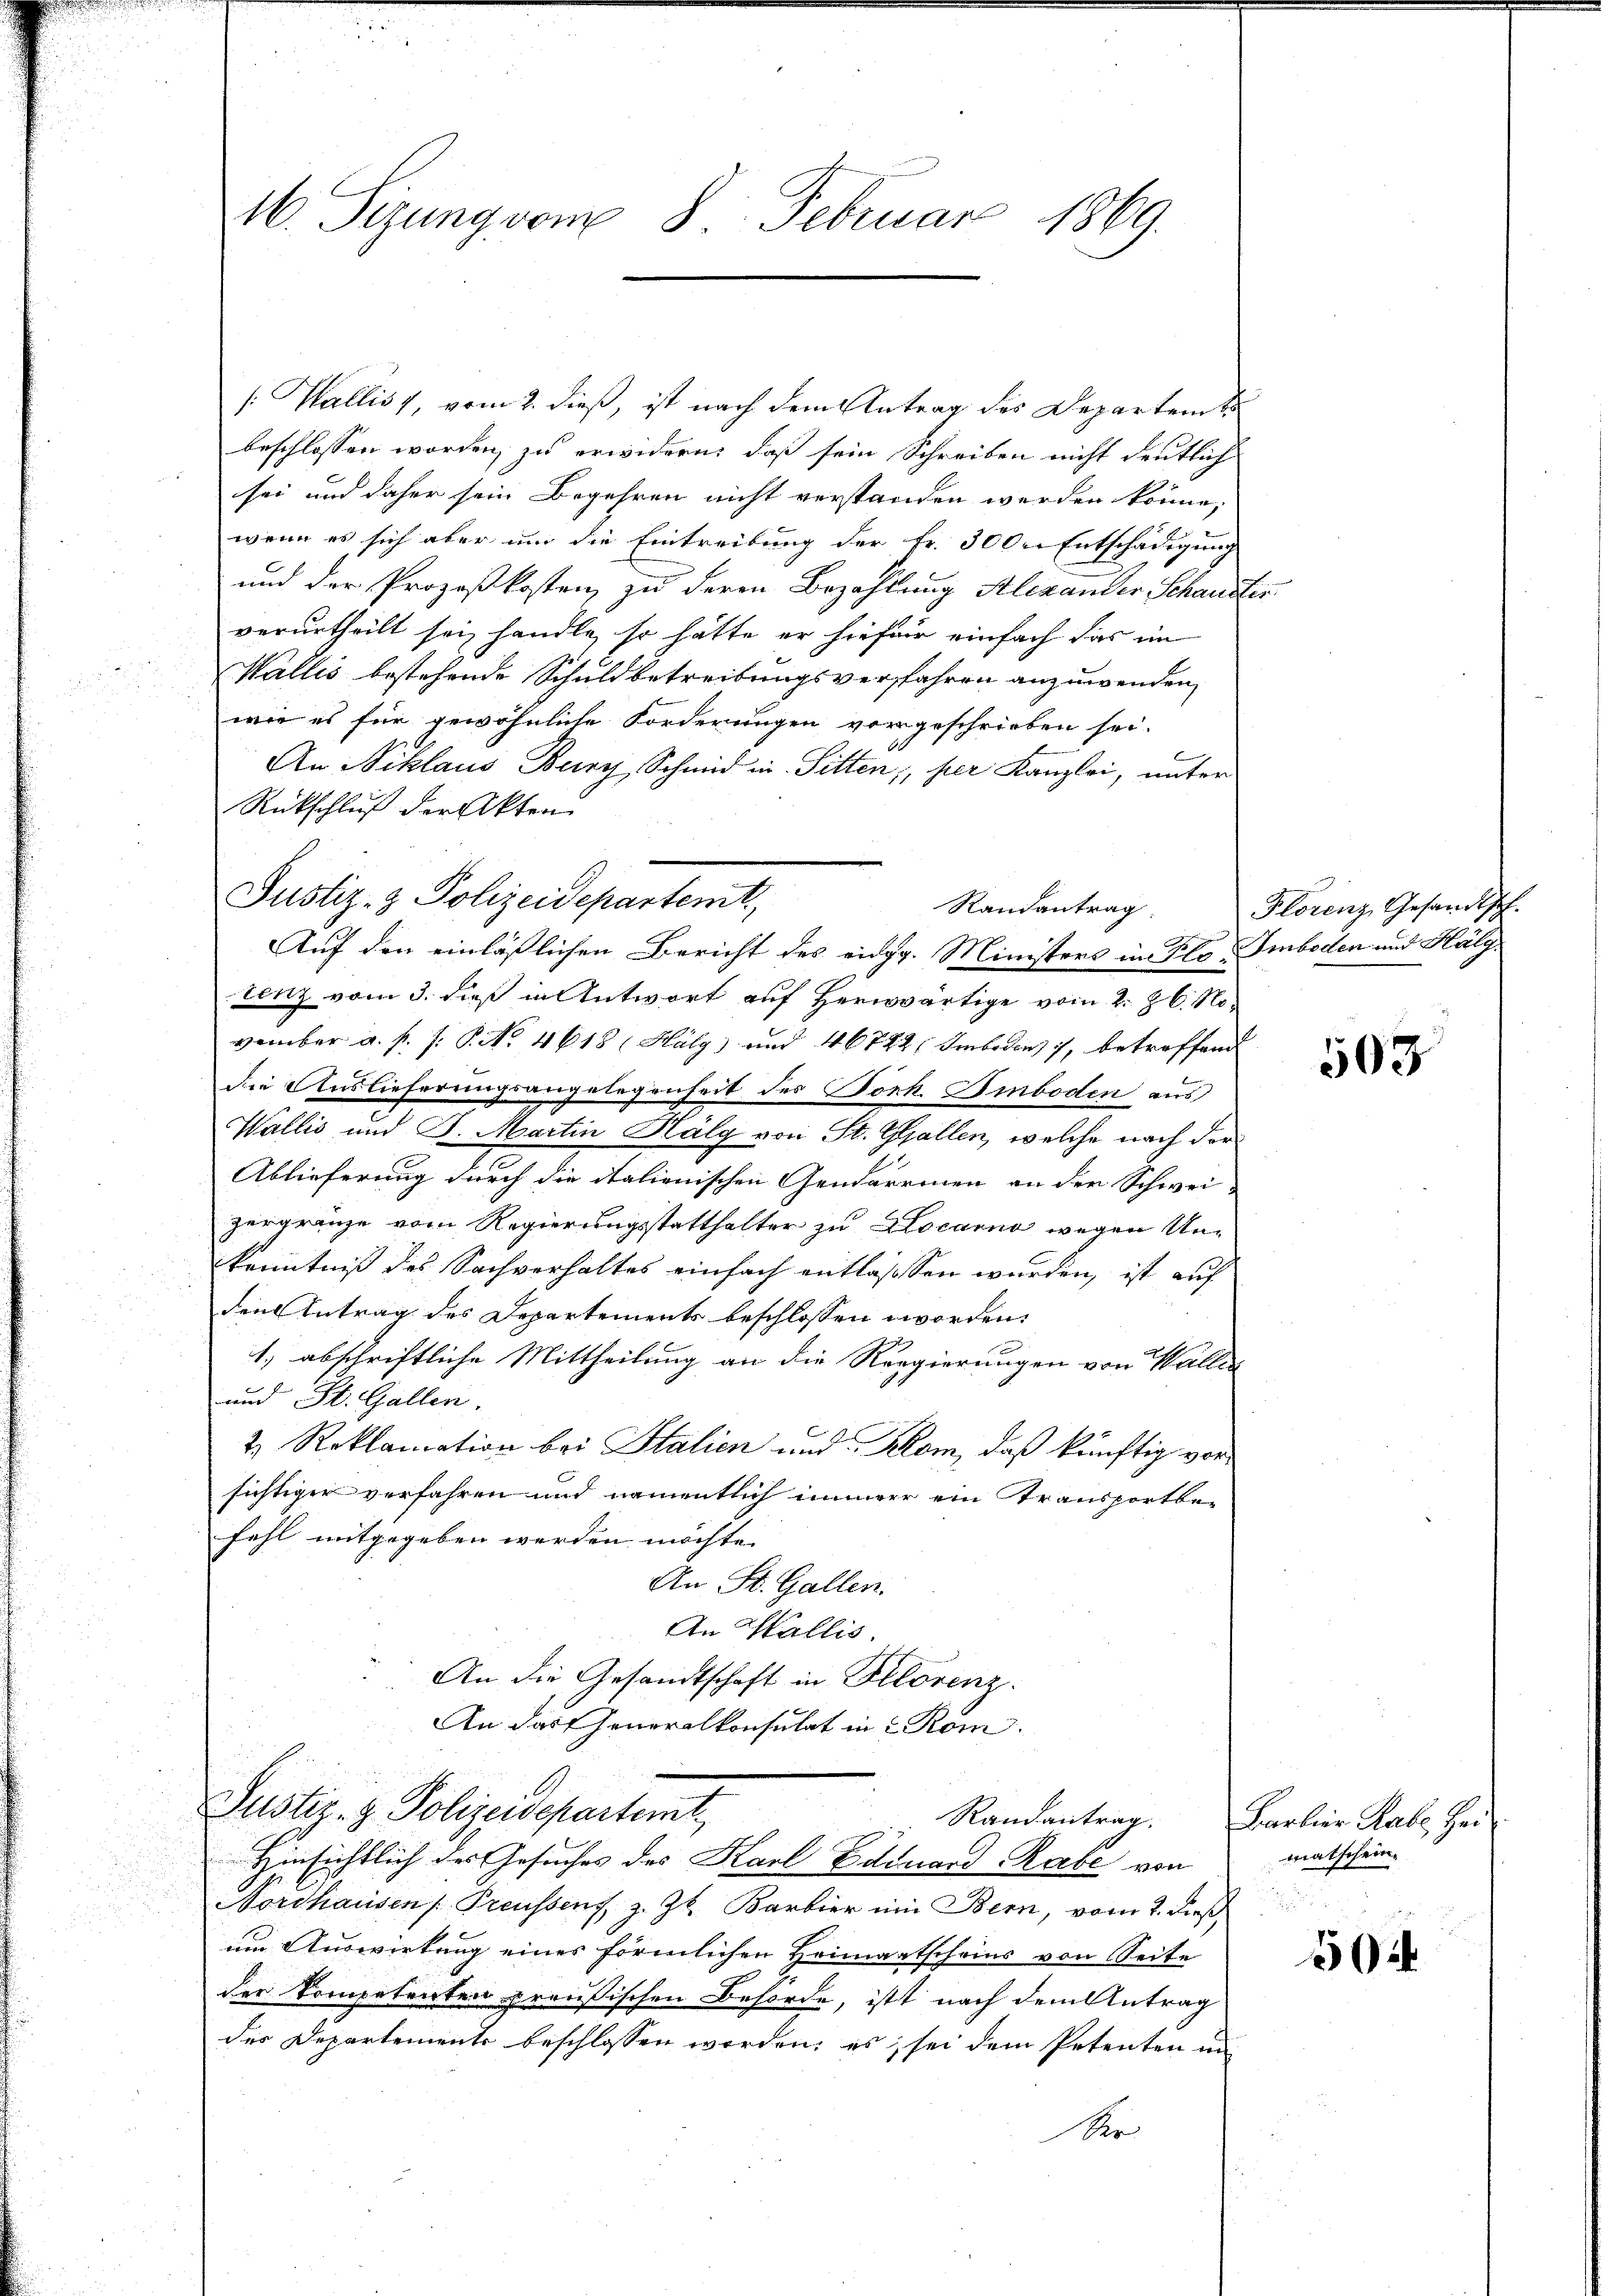
[: Wallis 1, vom 2. dieß, ist nach dem Antrag des Departents
beschlossen worden, zu erwidern, daß sein Schreiben nicht deutlich
 2
sei und daher sein Begehren nicht verstanden werden könne,
wenn es sich aber um die Eintreibung der Fr. 3000. Entschädigung
und der Prozeßkostenz zu deren Bezahlung Alexander Schauste
verurtheilt sei, handle, so hätte er hiefür einfach das im
Wallis bestehende Schuldbetreibungsverfahren anzuwenden,
wie es für gewöhnliche Forderungen vorgeschrieben sei.
b
An Niklaus Bury, Schmid in Sitten, per Kanzlei, unter
Rückschluß der Akten.
Auf den einläßlichen Bericht des eidg. Ministers im Flo-Smboden und Hälgtenz vom 3. dieß in Antwort auf Herwärtige vom 2. Z. 6. November a. p. /: P. No. 4618 (Hälg) und 46722 Imboden, betreffend
die Auslieferungsangelegenheit des Torh. Amboden aus
Wallis und J. Martin Hälg von St. Gallen, welche nach der
Ablieferung durch die italienischen Gendarmen an der Schwei-
zergränze vom Regierungsstatthalter zu Locarno wegen Un¬
Kenntniß des Sachverhaltes einfach entlassen wurden, ist auf
den Antrag des Departements beschlossen worden.
1.) abschriftliche Mittheilung an die Regierungen von Waller
und St. Gallen.
2 Reklamation bei Stalien und Klom, daß künftig vorsichtiger verfahren und namentlich immer ein Transportbefahl mitgegeben werden möchte.
An St. Gallen.
An Wallis.
An die Gesandtschaft in Belorenz.
An das Generalkonsulat in 2 Rom.
Justiz- & Polizeidepartemt
Randantrag. Barbier Rabe, Hei¬
Hinsichtlich des Gesuches des Karl Edduard Rabe von
Nordhausen /: Preussens z. Zt. Barbier ein Bern, vom 2. dieß,
um Auswirkung eines förmlichen Heimatscheins von Seite
der Kompetenten preußischen Behörde, ist nach dem Antrag
der Departements beschlossen worden; es sei dem Petenten in
Ver

M. Sizung vom 8. Februar 1869.

Justiz- & Polizeidepartemt
Randantrag

Florenz Gesandtsch.

B

508

matschein.

502